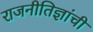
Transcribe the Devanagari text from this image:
राजनीतिज्ञांची